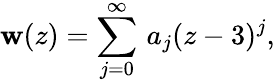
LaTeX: \mathbf{w}(z)=\sum_{j=0}^{\infty}\, a_{j}(z-3)^{j},